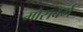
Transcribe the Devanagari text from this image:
मोसबर्ग